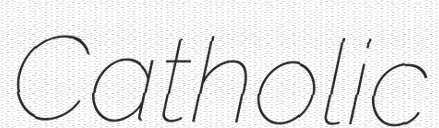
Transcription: Catholic